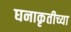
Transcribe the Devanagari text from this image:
घनाकृतीच्या